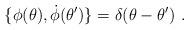
LaTeX: \begin{align*}\{\phi (\theta ),\dot \phi (\theta ^{\prime })\}=\delta (\theta -\theta^{\prime })\ .\end{align*}